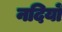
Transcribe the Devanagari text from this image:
नदियोँ